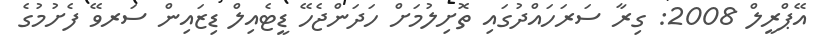
އޭޕްރީލް 2008: ގިރާ ސަރަހައްދުގައި ތޮށިލުމަށް ހަދަންޖެހޭ ޑީޓެއިލް ޑިޒައިން ސަރވޭ ފެށުމުގެ